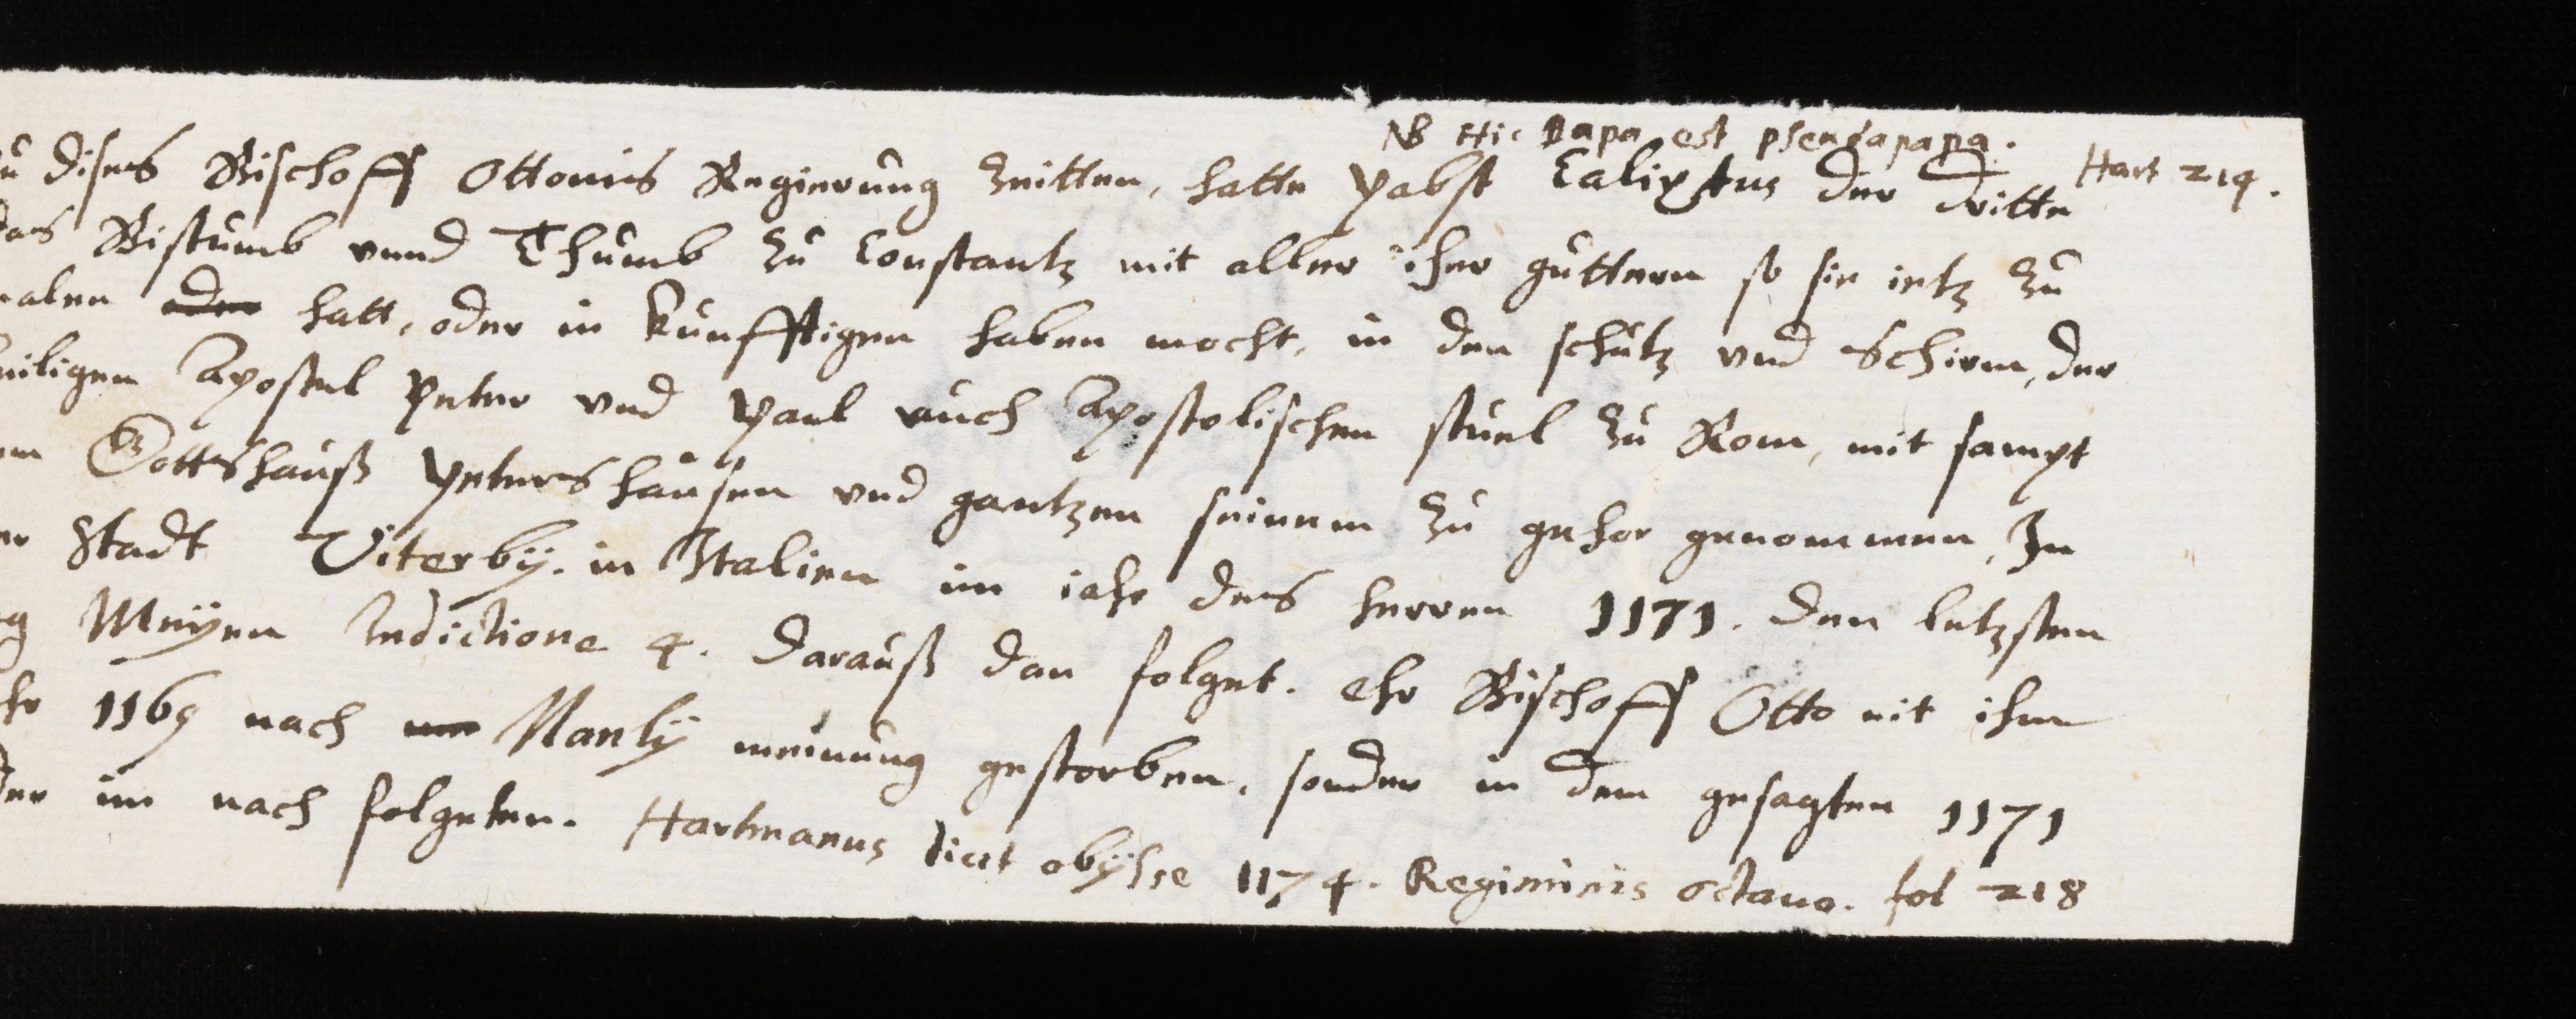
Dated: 1629–1659